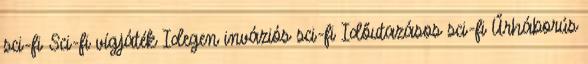
sci-fi Sci-fi vígjáték Idegen inváziós sci-fi Időutazásos sci-fi Űrháborús